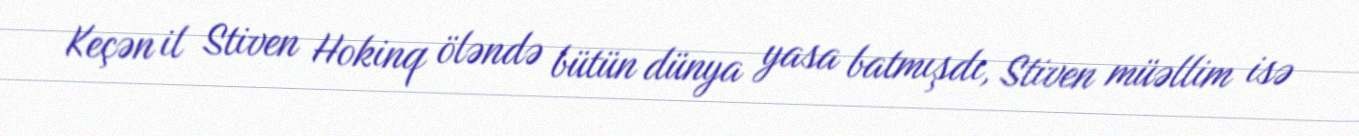
Keçən il Stiven Hokinq öləndə bütün dünya yasa batmışdı, Stiven müəllim isə